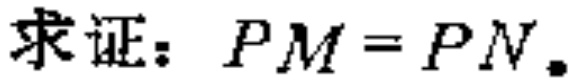
求证：\(PM = PN\)。